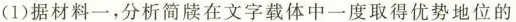
(1)据材料一，分析简牍在文字载体中一度取得优势地位的